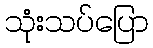
သုံးသပ်ပြော